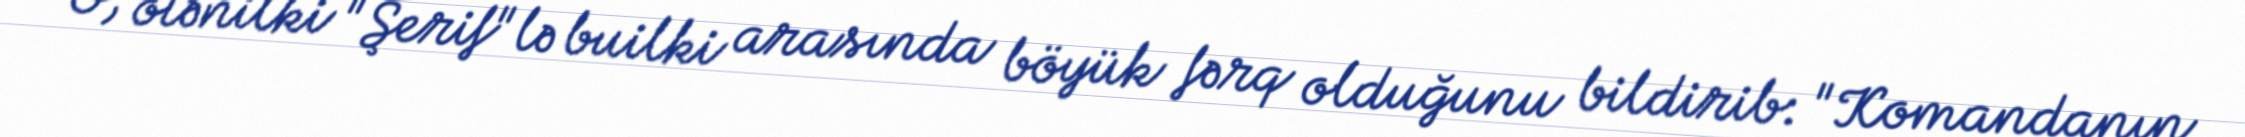
O, ötənilki "Şerif"lə builki arasında böyük fərq olduğunu bildirib: "Komandanın